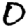
Digit: 0